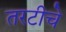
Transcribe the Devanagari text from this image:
तरटीचे